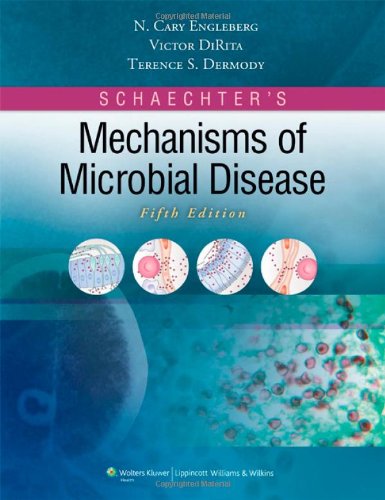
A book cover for Schaechter's Mechanisms of Microbial Disease; N. Cary Engleberg MD; Medical Books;